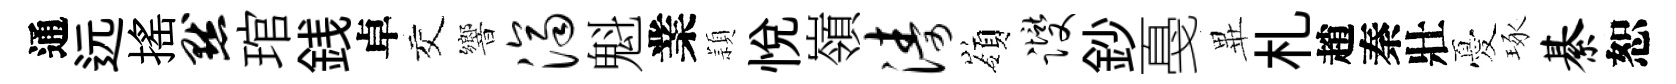
通远揺默琯銭卓交響济魁業頴悦嶺涛嶺躞鈔戞𭺾札趙秦壯憂琢綦恕